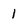
Character: 1